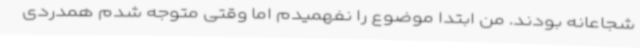
شجاعانه بودند. من ابتدا موضوع را نفهمیدم اما وقتی متوجه شدم همدردی